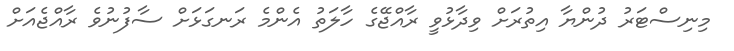
މިނިސްޓަރު ދުންޔާ އިތުރަށް ވިދާޅުވީ ރާއްޖޭގެ ހާލަތު އެންމެ ރަނގަޅަށް ސާފުނުވެ ރާއްޖެއަށް